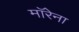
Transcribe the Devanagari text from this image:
माॅरेना